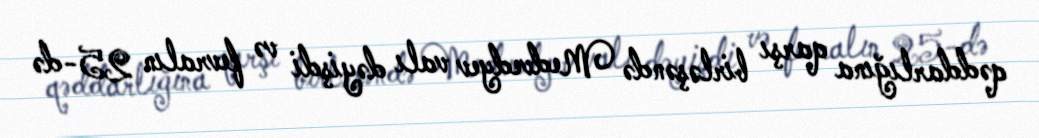
qəddarlığına qarşı birləşəndə Medvedyev valı dəyişdi və fevralın 25-də